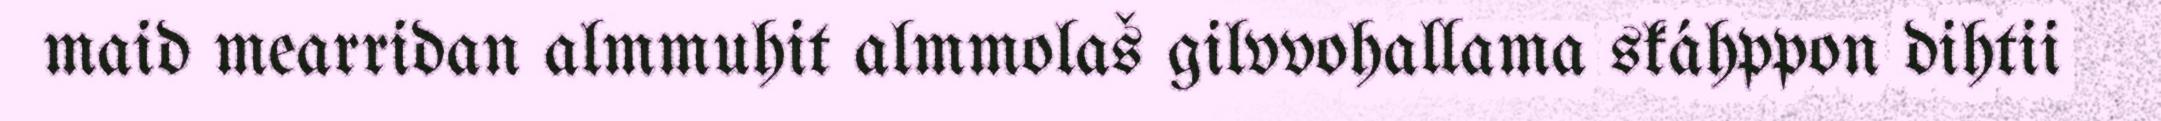
maid mearridan almmuhit almmolaš gilvvohallama skáhppon dihtii